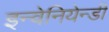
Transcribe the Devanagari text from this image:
इन्वेनियेन्डी